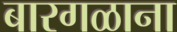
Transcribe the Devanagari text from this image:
बारगळाना